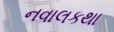
નવાલકથા